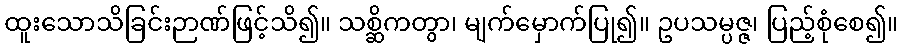
ထူးသောသိခြင်းဉာဏ်ဖြင့်သိ၍။ သစ္ဆိကတွာ၊ မျက်မှောက်ပြု၍။ ဥပသမ္ပဇ္ဇ၊ ပြည့်စုံစေ၍။